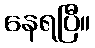
နေရပြီ။